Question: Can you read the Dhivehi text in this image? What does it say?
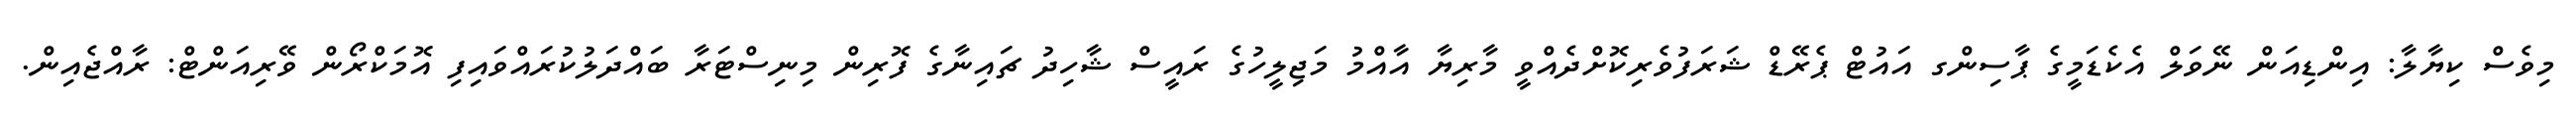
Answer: މިވެސް ކިޔާލާ: އިންޑިއަން ނޭވަލް އެކެޑަމީގެ ޕާސިންގ އައުޓް ޕެރޭޑް ޝަރަފުވެރިކޮށްދެއްވީ މާރިޔާ އާއްމު މަޖިލީހުގެ ރައީސް ޝާހިދު ޗައިނާގެ ފޮރިން މިނިސްޓަރާ ބައްދަލުކުރައްވައިފި އޮމަކްރޯން ވޭރިއަންޓް: ރާއްޖެއިން.